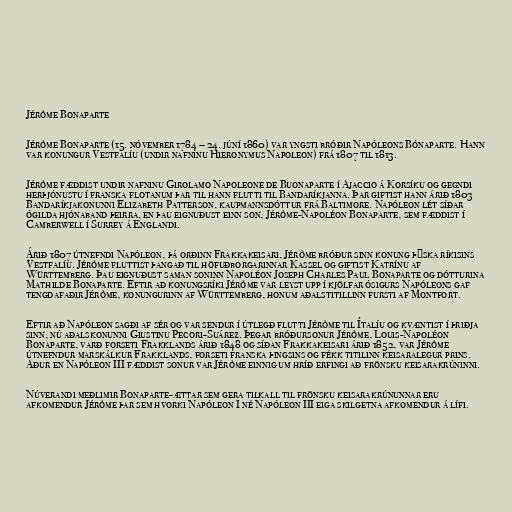
Jérôme Bonaparte

Jérôme Bonaparte (15. nóvember 1784 – 24. júní 1860) var yngsti bróðir Napóleons Bónaparte. Hann
var konungur Vestfalíu (undir nafninu Hieronymus Napoleon) frá 1807 til 1813.

Jérôme fæddist undir nafninu Girolamo Napoleone de Buonaparte í Ajaccio á Korsíku og gegndi
herþjónustu í franska flotanum þar til hann flutti til Bandaríkjanna. Þar giftist hann árið 1803
Bandaríkjakonunni Elizabeth Patterson, kaupmannsdóttur frá Baltimore. Napóleon lét síðar
ógilda hjónaband þeirra, en þau eignuðust einn son, Jérôme-Napoléon Bonaparte, sem fæddist í
Camberwell í Surrey á Englandi.

Árið 1807 útnefndi Napóleon, þá orðinn Frakkakeisari, Jérôme bróður sinn konung þýska ríkisins
Vestfalíu. Jérôme fluttist þangað til höfuðborgarinnar Kassel og giftist Katrínu af
Württemberg. Þau eignuðust saman soninn Napoléon Joseph Charles Paul Bonaparte og dótturina
Mathilde Bonaparte. Eftir að konungsríki Jérôme var leyst upp í kjölfar ósigurs Napóleons gaf
tengdafaðir Jérôme, konungurinn af Württemberg, honum aðalstitillinn fursti af Montfort.

Eftir að Napóleon sagði af sér og var sendur í útlegð flutti Jérôme til Ítalíu og kvæntist í þriðja
sinn, nú aðalskonunni Giustinu Pecori-Suárez. Þegar bróðursonur Jérôme, Louis-Napoléon
Bonaparte, varð forseti Frakklands árið 1848 og síðan Frakkakeisari árið 1852, var Jérôme
útnefndur marskálkur Frakklands, forseti franska þingsins og fékk titilinn keisaralegur prins.
Áður en Napóleon III fæddist sonur var Jérôme einnig um hríð erfingi að frönsku keisarakrúninni.

Núverandi meðlimir Bonaparte-ættar sem gera tilkall til frönsku keisarakrúnunnar eru
afkomendur Jérôme þar sem hvorki Napóleon I né Napóleon III eiga skilgetna afkomendur á lífi.